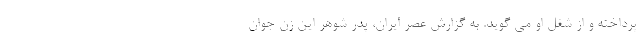
پرداخته و از شغل او می گوید. به گزارش عصر ایران، پدر شوهر این زن جوان